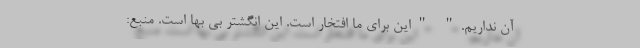
آن نداریم." "این برای ما افتخار است. این انگشتر بی بها است. منبع: